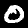
Label: 0